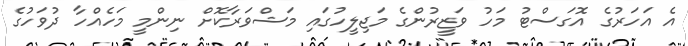
އެ އަހަރުގެ އޮގަސްޓު މަހު ވަޒީރުންގެ މަޖިލީހުގައި މަޝްވަރާކޮށް ނިންމީ މަހެއްހާ ދުވަހުގެ